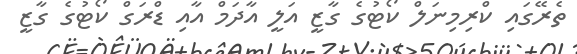
ތެރޭގައި ކްރިމިނަލް ކޯޓުގެ ގާޒީ އަލީ އާދަމް އާއި ޑްރަގް ކޯޓުގެ ގާޒީ